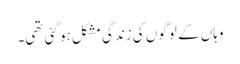
وہاں کے لوگوں کی زندگی مشکل ہو گئی تھی۔